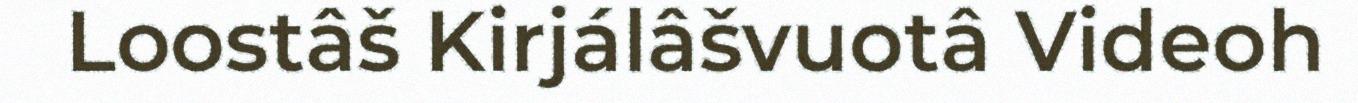
Loostâš Kirjálâšvuotâ Videoh